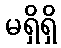
မရှိရှိ